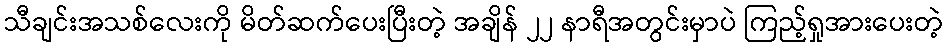
သီချင်းအသစ်လေးကို မိတ်ဆက်ပေးပြီးတဲ့ အချိန် ၂၂ နာရီအတွင်းမှာပဲ ကြည့်ရှုအားပေးတဲ့